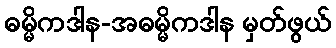
ဓမ္မိကဒါန-အဓမ္မိကဒါန မှတ်ဖွယ်